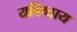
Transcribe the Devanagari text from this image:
यविष्ठाय